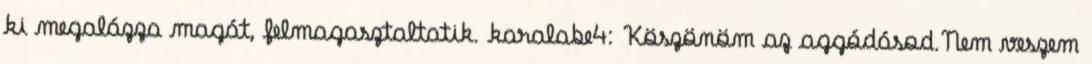
ki megalázza magát, felmagasztaltatik. karalabe4: Köszönöm az aggódásod.Nem veszem